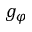
g _ { \varphi }